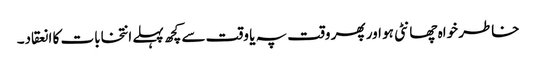
خاطر خواہ چھانٹی ہو اور پھر وقت پہ یا وقت سے کچھ پہلے انتخابات کا انعقاد۔